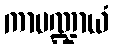
ကာမဏ္ဍာယံ